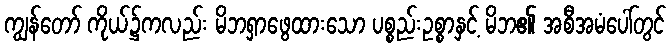
ကျွန်တော် ကိုယ်၌ကလည်း မိဘရှာဖွေထားသော ပစ္စည်းဥစ္စာနှင့် မိဘ၏ အစီအမံပေါ်တွင်